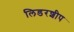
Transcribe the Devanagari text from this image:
लिडरशीप